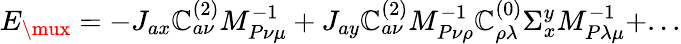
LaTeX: E_{\mux}=-J_{ax}\mathbb{C}_{a\nu}^{(2)}M_{P\nu\mu}^{-1}+J_{ay}\mathbb{C}_{a\nu}^{(2)}M_{P\nu\rho}^{-1}\mathbb{C}_{\rho\lambda}^{(0)}\Sigma_{x}^{y}M_{P\lambda\mu}^{-1}+...